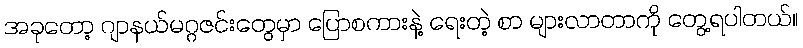
အခုတော့ ဂျာနယ်မဂ္ဂဇင်းတွေမှာ ပြောစကားနဲ့ ရေးတဲ့ စာ များလာတာကို တွေ့ရပါတယ်။